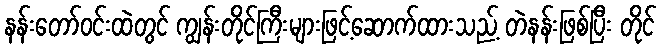
နန်းတော်ဝင်းထဲတွင် ကျွန်းတိုင်ကြီးများဖြင့်ဆောက်ထားသည့် တဲနန်းဖြစ်ပြီး တိုင်